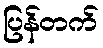
ပြန်တက်